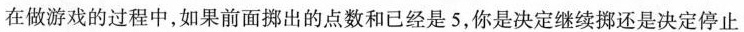
在做游戏的过程中，如果前面挪出的点数和已经是5，你是决定继续挪还是决定停止